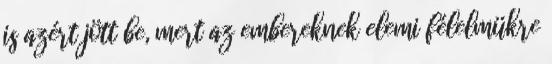
is azért jött be, mert az embereknek elemi félelmükre